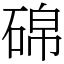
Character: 䃇